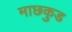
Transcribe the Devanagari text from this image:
माछकुड